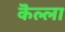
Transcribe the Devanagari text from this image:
कॆल्ला